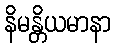
နိမန္တိယမာနာ